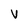
Character: v